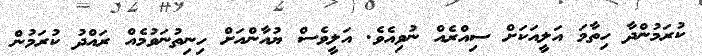
ކުރަމުންދާ ހިތާމަ އަލީއަކަށް ސިއްރެއް ނުވިއެވެ. އަލީވެސް ޔުއާންއަށް ހިނިތުނަވުމެއް ރައްދު ކުރަމުން